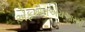
એફએલએચઆરસી